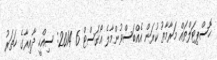
ހޮސްޕިޓަލްތައް މަރާމާތު ކުރަން އެއްބަސްވުންމާލެ އޯގަސްޓް 6 2014: ސިއްހީ ދާއިރާގެ ހަތަރު